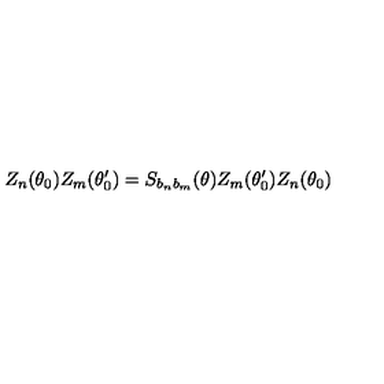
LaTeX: Z _ { n } ( \theta _ { 0 } ) Z _ { m } ( \theta _ { 0 } ^ { \prime } ) = S _ { b _ { n } b _ { m } } ( \theta ) Z _ { m } ( \theta _ { 0 } ^ { \prime } ) Z _ { n } ( \theta _ { 0 } )